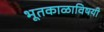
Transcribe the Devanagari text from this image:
भूतकाळाविषयी